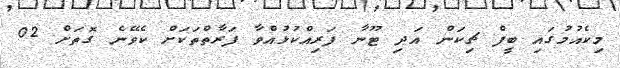
މިކެއުމުގައި ބީފް ޗިކަން އަދި ޓޫނާ ފަރިއްކުޅުއްވާ ފަރާތްތަކަށް ކެވޭނެ ގޮތަށް 02